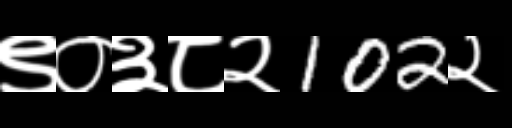
Text: ९०३८२102२